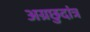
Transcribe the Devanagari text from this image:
अग्रछुदांत्र